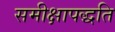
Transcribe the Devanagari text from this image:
समीक्षापद्धति